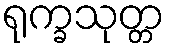
ရုက္ခသုတ္တ